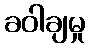
ခဝါချမှု